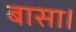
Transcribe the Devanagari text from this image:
बासा।